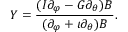
Y = \frac { ( I \partial _ { \varphi } - G \partial _ { \theta } ) B } { ( \partial _ { \varphi } + \iota \partial _ { \theta } ) B } .